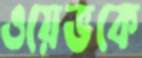
ওয়েভকে